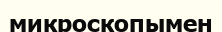
микроскопымен